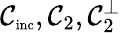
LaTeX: \mathcal{C}_{\textnormal{\scriptsize inc}},\mathcal{C}_{2},\mathcal{C}_{2}^{\perp}